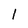
Character: 1